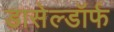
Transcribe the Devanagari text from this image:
डासेल्डॉर्फ